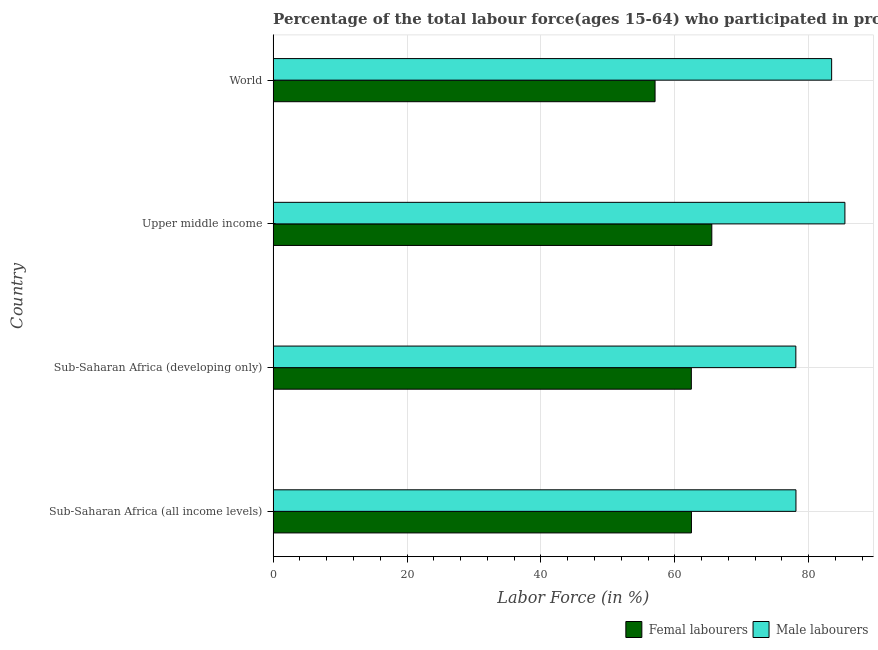
| Country | Femal labourers | Male labourers |
 | --- | --- | --- |
 | Sub-Saharan Africa (all income levels) | 62.5 | 78.1 |
 | Sub-Saharan Africa (developing only) | 62.5 | 78.1 |
 | Upper middle income | 65.5 | 85.4 |
 | World | 57.1 | 83.4 |